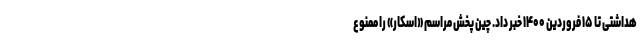
هداشتی تا ۱۵ فروردین ۱۴۰۰ خبر داد. چین پخش مراسم «اسکار» را ممنوع